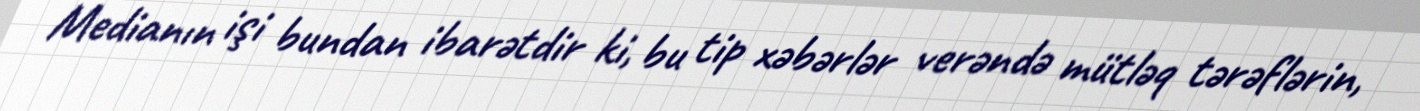
Medianın işi bundan ibarətdir ki, bu tip xəbərlər verəndə mütləq tərəflərin,